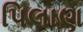
પિલાણ